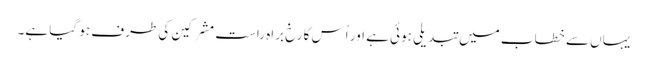
یہاں سے خطاب میں تبدیلی ہوئی ہے اور اُس کا رخ براہ راست مشرکین کی طرف ہو گیا ہے۔